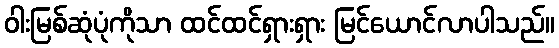
ဝါးမြစ်ဆုံပုံကိုသာ ထင်ထင်ရှားရှား မြင်ယောင်လာပါသည်။